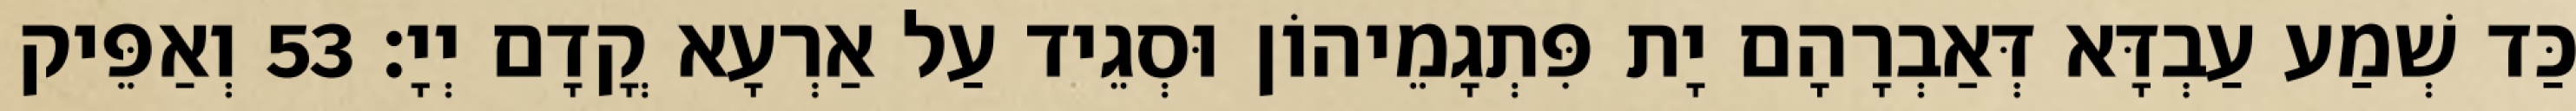
כַּד שְׁמַע עַבְדָּא דְּאַבְרָהָם יָת פִּתְגָמֵיהוֹן וּסְגֵיד עַל אַרְעָא קֳדָם יְיָ׃ 53 וְאַפֵּיק